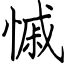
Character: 慽